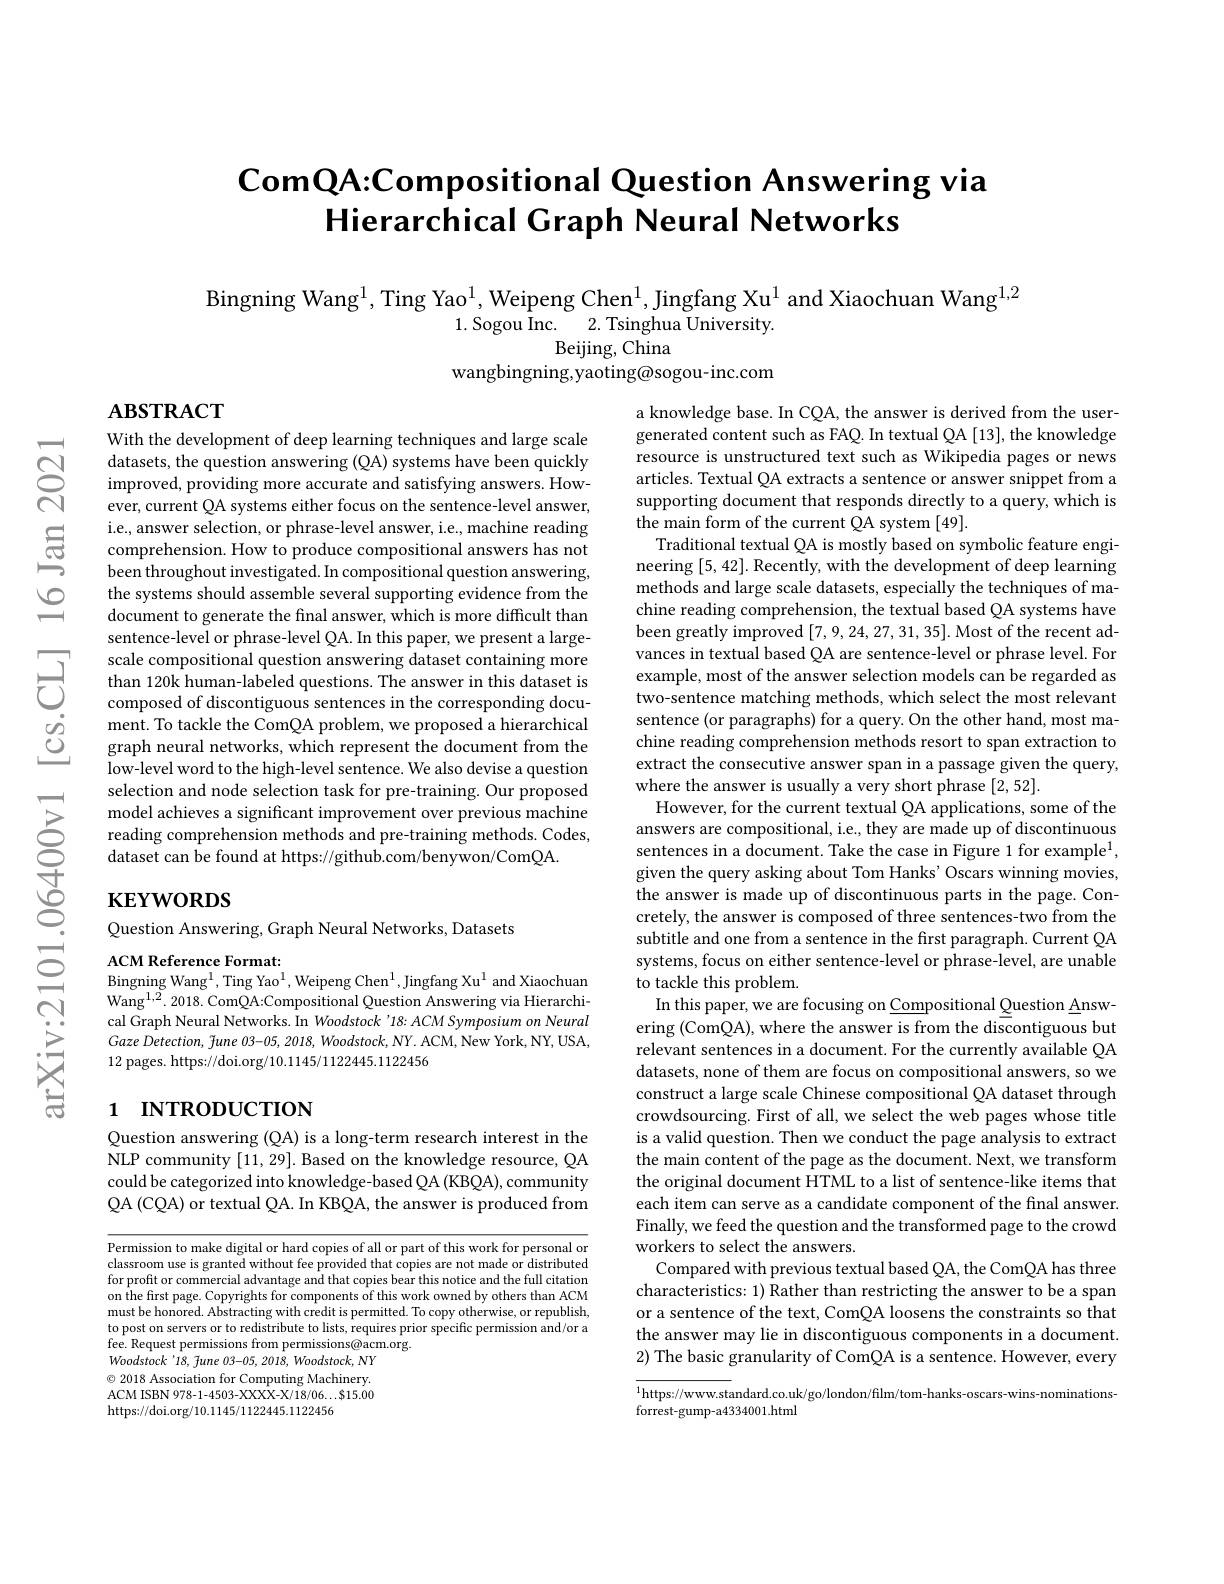
# $\textbf{ComQA: Compositional Question Answering via}$ Hierarchical Graph Neural Networks

Bingning Wang$^{1}$, Ting Yao$^{1}$, Weipeng Chen$^{1}$, Jingfang Xu$^{1}$ and Xiaochuan Wang$^{1,2}$
1. Sogou Inc. 2. Tsinghua University.
Beijing, China
wangbingning,yaoting@sogou-inc.com

Aвзткаст

With the development of deep learning techniques and large scale datasets, the question answering (QA) systems have been quickly improved, providing more accurate and satisfying answers. However, current QA systems either focus on the sentence-level answer, i.e., answer selection, or phrase-level answer, i.e., machine reading comprehension. How to produce compositional answers has not been throughout investigated. In compositional question answering, the systems should assemble several supporting evidence from the document to generate the final answer, which is more difficult than sentence-level or phrase-level QA. In this paper, we present a large-
sentence- levelor phrase- level QA. I n fhs paper, we present a large- Scale compositional question answering dataset containing more than 120k human- labeled questions. The answer in this dataset is composed of discontiguous sentences in the co
composed of discontiguous sentences in the corresponding document. To tackle the ComQA problem, we proposed a hierarchical graph neural networks, which represent the document from the low-level word to the high-level sentence. We also devise a question selection and node selection task for pre-training. Our proposed model achieves a significant improvement over previous machine reading comprehension methods and pre-training methods. Codes, dataset can be found at https://github.com/benywon/ComQA.

a knowledge base. In CQA, the answer is derived from the usergenerated content such as FAQ. In textual QA [13], the knowledge resource is unstructured text such as Wikipedia pages or news articles. Textual QA extracts a sentence or answer snippet from a supporting document that responds directly to a query, which is the main form of the current QA system [49].
Traditional textual QA is mostly based on symbolic feature engineering [5,42]. Recently, with the development of deep learning methods and large scale datasets, especially the techniques of machine reading comprehension, the textual based QA systems have been greatly improved [7,9,24,27,31,35]. Most of the recent advances in textual based QA are sentence-level or phrase level. For example, most of the answer selection models can be regarded as two-sentence matching methods, which select the most relevant sentence (or paragraphs) for a query. On the other hand, most machine reading comprehension methods resort to span extraction to extract the consecutive answer span in a passage given the query, where the answer is usually a very short phrase [2,52].
However, for the current textual QA applications, some of the answers are compositional, i.e., they are made up of discontinuous sentences in a document. Take the case in Figure 1 for example$^1$, given the query asking about Tom Hanks' Oscars winning movies, the answer is made up of discontinuous parts in the page. Concretely, the answer is composed of three sentences-two from the subtitle and one from a sentence in the first paragraph. Current QA systems, focus on either sentence-level or phrase-level, are unable to tackle this problem
In this paper, we are focusing on Compositional Question Answering (ComQA), where the answer is from the discontiguous but relevant sentences in a document. For the currently available QA datasets, none of them are focus on compositional answers, so we construct a large scale Chinese compositional QA dataset through crowdsourcing. First of all, we select the web pages whose title is a valid question. Then we conduct the page analysis to extract the main content of the page as the document. Next, we transform the original document HTML to a list of sentence-like items that each item can serve as a candidate component of the final answer. Finally, we feed the question and the transformed page to the crowd workers to select the answers.
Compared with previous textual based QA, the ComQA has three characteristics: 1) Rather than restricting the answer to be a span or a sentence of the text, ComQA loosens the constraints so that the answer may lie in discontiguous components in a document. 2) The basic granularity of ComQA is a sentence. However, every $^{1}$https://www.standard.co.uk/go/london/film/tom-hanks-oscars-wins-nominations-

# $\mathbf{KEYWORDS}$

Question Answering, Graph Neural Networks, Datasets

ACM Reference Format:
$\operatorname{Bingning}\operatorname{Wang}^1,\operatorname{Ting}\operatorname{Yao}^1,\operatorname{Weipeng}\operatorname{Chen}^1,\operatorname{Jingfang}\operatorname{Xu}^1$ and Xiaochuan

Wang$^{1,2}.2018.$ComQA:Compositional Question Answering via Hierarchical Graph Neural Networks. In Woodstock'18: ACM Symposium on Neural Gaze Detection, $\tilde{f}une$ 03-05, 2018, Woodstock, NY. ACM, New York, NY, USA, 12 pages. https://doi.org/10.1145/1122445.1122456

# 1 INTRODUCTION

Question answering (QA) is a long-term research interest in the NLP community [11,29]. Based on the knowledge resource, QA could be categorized into knowledge-based QA (KBQA), community QA (CQA) or textual QA. In KBQA, the answer is produced from

Permission to make digital or hard copies of all or part of this work for personal or classroom use is granted without fee provided that copies are not made or distributed for profit or commercial advantage and that copies bear this notice and the full citation on the first page. Copyrights for components of this work owned by others than ACM must be honored. Abstracting with credit is permitted. To copy otherwise, or republish to post on servers or to redistribute to lists, requires prior specific permission and/or a fee. Request permissions from permissions@acm.org
Woodstock'18, Tune 03-05, 2018, Woodstock, NY $\odot$ 2018 Association for Computing Machinery. ACM ISBN 978-1-4503-XXXX-X/18/06...$15.00 https://doi.org/10.1145/1122445.1122456

forrest-gump-a4334001.html